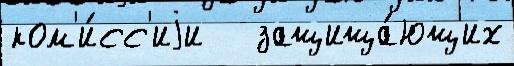
ком'и́сс'иjи   защища́ющих